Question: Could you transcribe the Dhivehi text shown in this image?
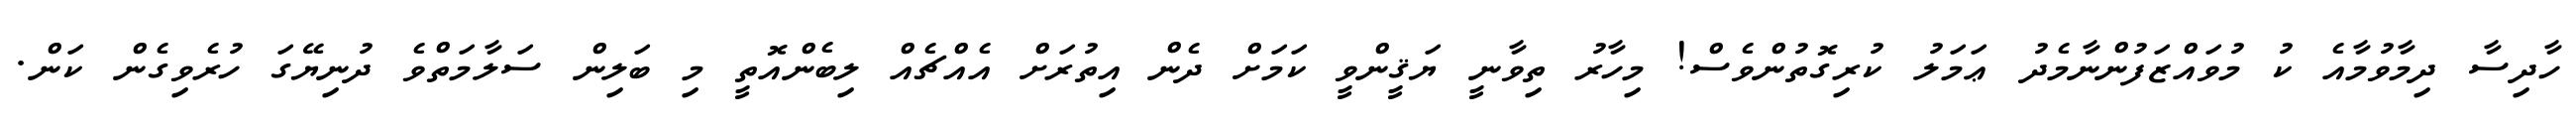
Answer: ހާދިސާ ދިމާވުމާއެ ކު މުވައްޒަފުންނާމެދު ޢަމަލު ކުރިގޮތުންވެސް! މިހާރު ތިވާނީ ޔަޤީންވީ ކަމަށް ދެން އިތުރަށް އެއްޗެއް ލިބެންއޮތީ މި ބަލިން ސަލާމަތްވެ ދުނިޔޭގަ ހުރެވިގެން ކަން.